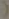
(